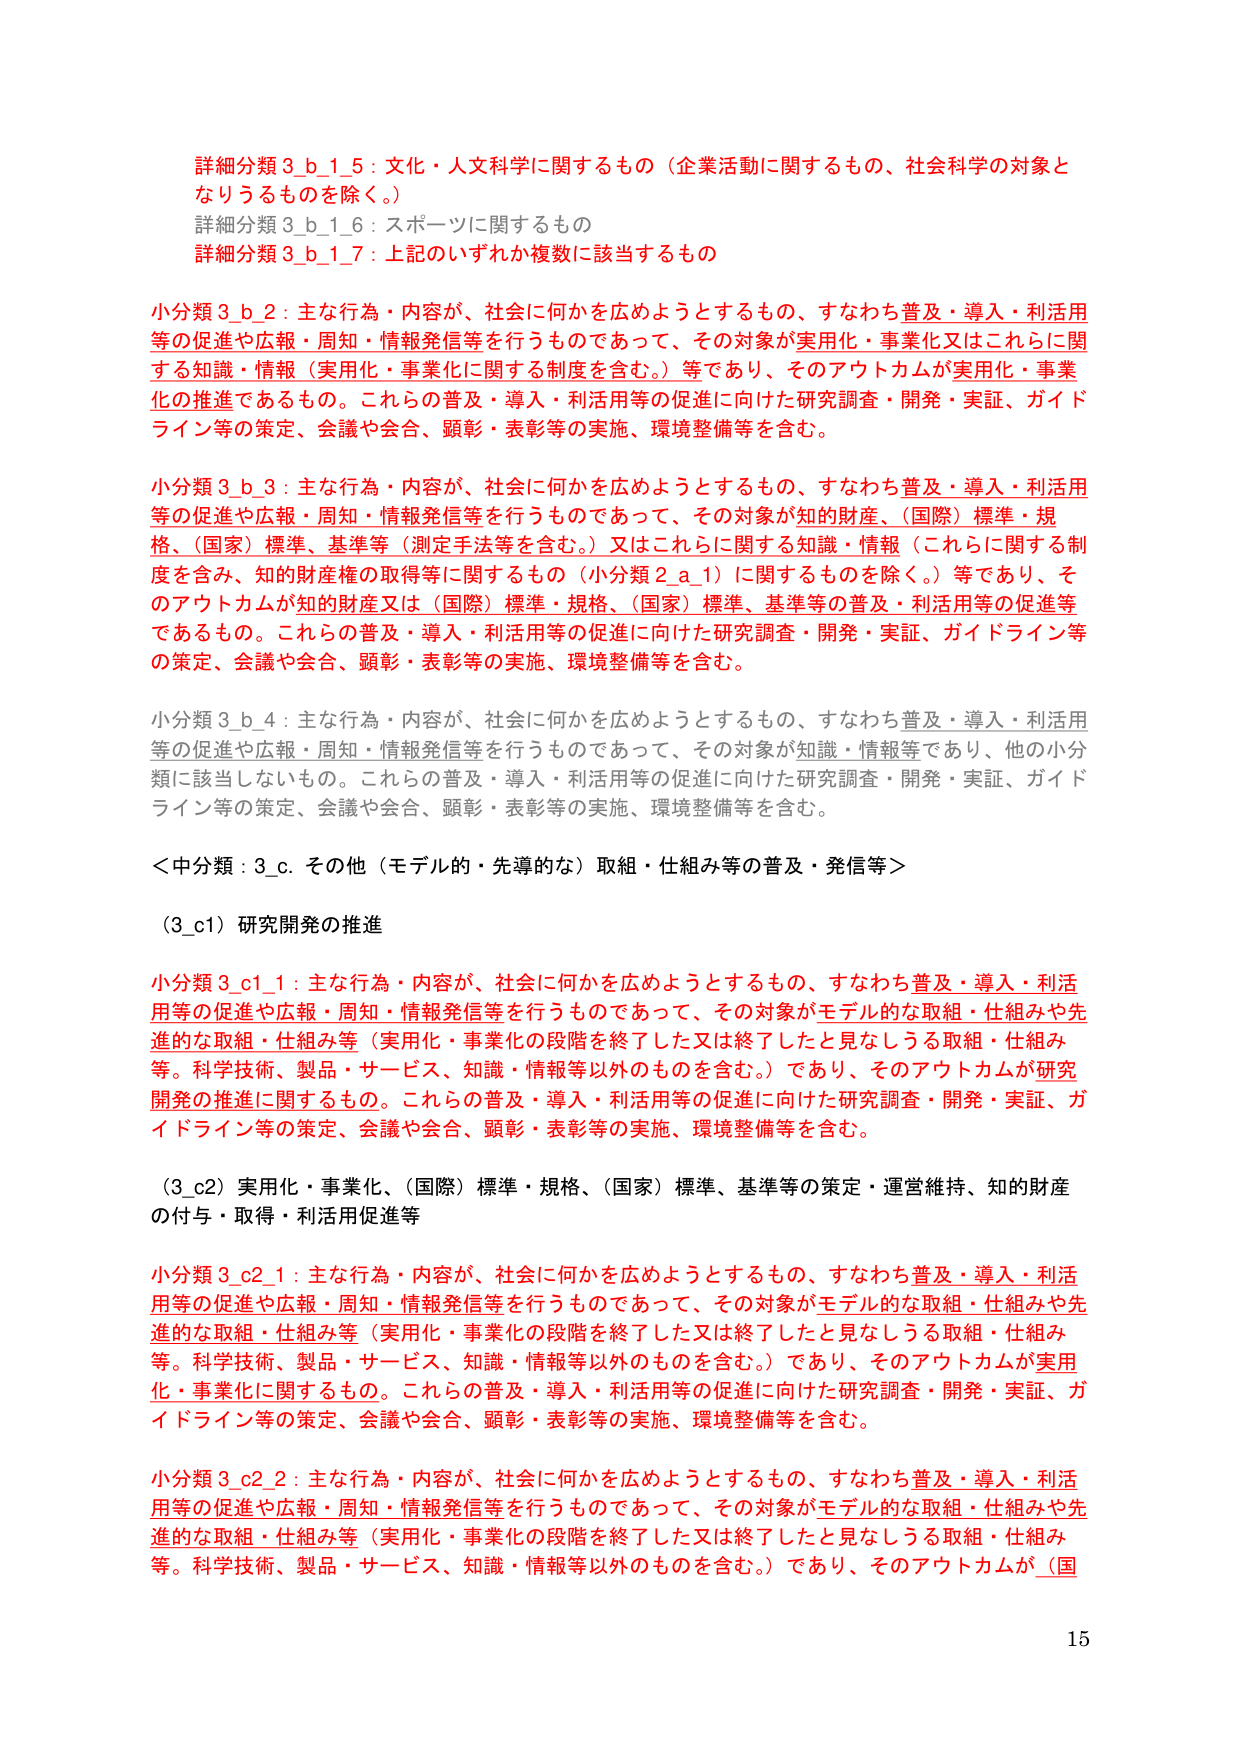
詳細分類 3_b_1_5：文化・人文科学に関するもの（企業活動に関するもの、社会科学の対象となりうるものを除く。）
詳細分類 3_b_1_6：スポーツに関するもの
詳細分類 3_b_1_7：上記のいずれか複数に該当するもの

小分類 3_b_2：主な行為・内容が、社会に何かを広めようとするもの、すなわち普及・導入・利活用等の促進や広報・周知・情報発信等を行うものであって、その対象が実用化・事業化又はこれらに関する知識・情報（実用化・事業化に関する制度を含む。）等であり、そのアウトカムが実用化・事業化の推進であるもの。これらの普及・導入・利活用等の促進に向けた研究調査・開発・実証、ガイドライン等の策定、会議や会合、顕彰・表彰等の実施、環境整備等を含む。

小分類 3_b_3：主な行為・内容が、社会に何かを広めようとするもの、すなわち普及・導入・利活用等の促進や広報・周知・情報発信等を行うものであって、その対象が知的財産、（国際）標準・規格、（国家）標準、基準等（測定手法等を含む。）又はこれらに関する知識・情報（これらに関する制度を含む、知的財産権の取得等に関するもの（小分類 2_a_1）に関するものを除く。）等であり、そのアウトカムが知的財産又は（国際）標準・規格、（国家）標準、基準等の普及・利活用等の促進等であるもの。これらの普及・導入・利活用等の促進に向けた研究調査・開発・実証、ガイドライン等の策定、会議や会合、顕彰・表彰等の実施、環境整備等を含む。

小分類 3_b_4：主な行為・内容が、社会に何かを広めようとするもの、すなわち普及・導入・利活用等の促進や広報・周知・情報発信等を行うものであって、その対象が知識・情報等であり、他の小分類に該当しないもの。これらの普及・導入・利活用等の促進に向けた研究調査・開発・実証、ガイドライン等の策定、会議や会合、顕彰・表彰等の実施、環境整備等を含む。

＜中分類：3_c. その他（モデル的・先導的な）取組・仕組み等の普及・発信等＞

（3_c1）研究開発の推進

小分類 3_c1_1：主な行為・内容が、社会に何かを広めようとするもの、すなわち普及・導入・利活用等の促進や広報・周知・情報発信等を行うものであって、その対象がモデル的な取組・仕組みや先進的な取組・仕組み等（実用化・事業化の段階を終了した又は終了したと見なしうる取組・仕組み等。科学技術、製品・サービス、知識・情報等以外のものを含む。）であり、そのアウトカムが研究開発の推進に関するもの。これらの普及・導入・利活用等の促進に向けた研究調査・開発・実証、ガイドライン等の策定、会議や会合、顕彰・表彰等の実施、環境整備等を含む。

（3_c2）実用化・事業化、（国際）標準・規格、（国家）標準、基準等の策定・運営維持、知的財産の付与・取得・利活用促進等

小分類 3_c2_1：主な行為・内容が、社会に何かを広めようとするもの、すなわち普及・導入・利活用等の促進や広報・周知・情報発信等を行うものであって、その対象がモデル的な取組・仕組みや先進的な取組・仕組み等（実用化・事業化の段階を終了した又は終了したと見なしうる取組・仕組み等。科学技術、製品・サービス、知識・情報等以外のものを含む。）であり、そのアウトカムが実用化・事業化に関するもの。これらの普及・導入・利活用等の促進に向けた研究調査・開発・実証、ガイドライン等の策定、会議や会合、顕彰・表彰等の実施、環境整備等を含む。

小分類 3_c2_2：主な行為・内容が、社会に何かを広めようとするもの、すなわち普及・導入・利活用等の促進や広報・周知・情報発信等を行うものであって、その対象がモデル的な取組・仕組みや先進的な取組・仕組み等（実用化・事業化の段階を終了した又は終了したと見なしうる取組・仕組み等。科学技術、製品・サービス、知識・情報等以外のものを含む。）であり、そのアウトカムが（国

15